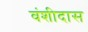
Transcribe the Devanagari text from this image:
वंशीदास